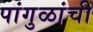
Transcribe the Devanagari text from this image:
पांगुळांची